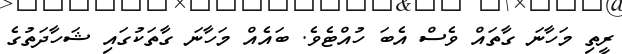
ރީތި މަހާނަ ގާތައް ވެސް އެބަ ހުއްޓެވެ. ބައެއް މަހާނަ ގާތަކުގައި ޝަހާދަތުގެ